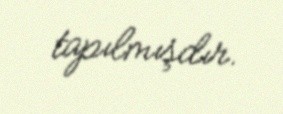
tapılmışdır.